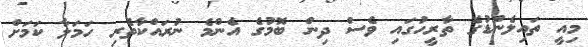
މިއީ ތައިލެންޑުގެ ތާރީހުގައި ވެސް ދިން ބޮމުގެ އެންމެ ނުރައްކާތެރި ހަމަލާ ކަމަށް